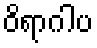
ဝိရာဂါပ